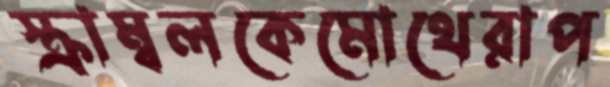
স্ক্রাম্বলকেমোথেরাপ